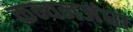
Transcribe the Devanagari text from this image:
कन्चनजंघा